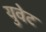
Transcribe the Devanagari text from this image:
युवेट